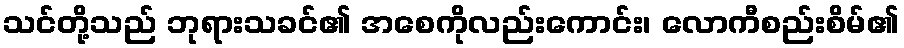
သင်တို့သည် ဘုရားသခင်၏ အစေကိုလည်းကောင်း၊ လောကီစည်းစိမ်၏